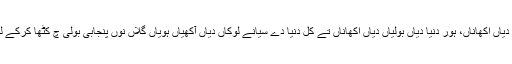
ایدے چ پنجابی دیاں اکھاناں، ہور دنیا دیاں بولیاں دیاں اکھاناں تے کل دنیا دے سیانے لوکاں دیاں آکھیاں ہویاں گلاں نوں پنجابی بولی چ کٹھا کرکے لکھیا جاریا اے۔